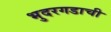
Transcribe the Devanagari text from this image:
भुदरगडाची